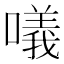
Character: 𠿿